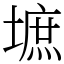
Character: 墌